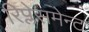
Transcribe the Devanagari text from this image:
रिप्लेसमेन्ट